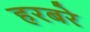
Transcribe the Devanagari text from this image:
हरबरे